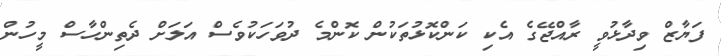
ފަޔާޒް ވިދާޅުވީ ރާއްޖޭގެ އެކި ކަންކޮޅުތަކުން ކޮންމެ ދުވަހަކުވެސް އަލަށް ދެތިންހާސް މީހުން